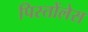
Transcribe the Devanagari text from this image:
पिस्तोंलेस